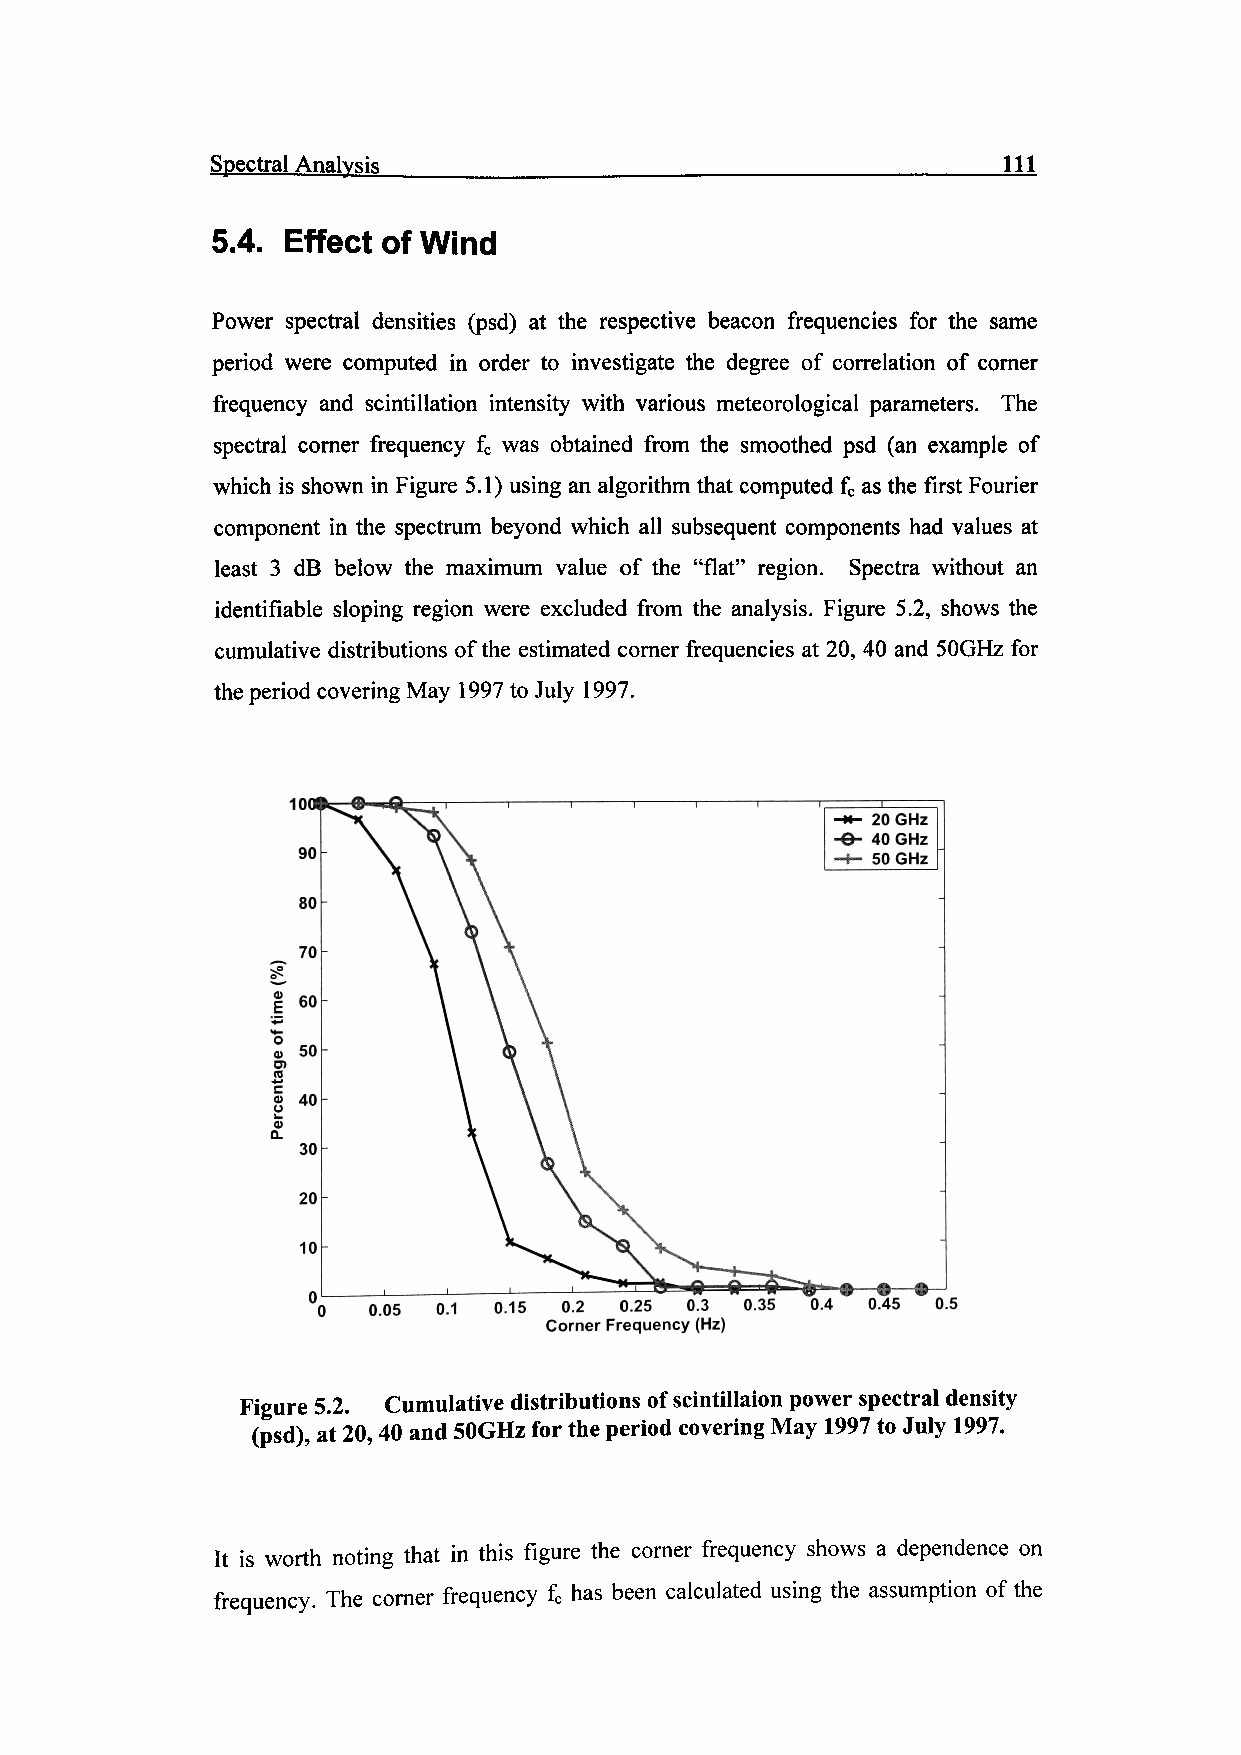
Spectral Analysis                                   111
 5.4. Effect of Wind
 Power spectral densities (psd) at the respective beacon frequencies for the same
 period were computed in order to investigate the degree of correlation of corner
 frequency and scintillation intensity with various meteorological parameters. The
 spectral corner frequency fc was obtained from the smoothed psd (an example of
 which is shown in Figure 5.1) using an algorithm that computed fc as the first Fourier
 component in the spectrum beyond which all subsequent components had values at
 least 3 dB below the maximum value of the "flat" region. Spectra without an
 identifiable sloping region were excluded from the analysis. Figure 5.2, shows the
 cumulative distributions of the estimated corner frequencies at 20, 40 and 50GHz for
 the period covering May 1997 to July 1997.
 10
 0.05 0.1 0.15 0.2 0.25 0.3 0.35 0.4 0.45 0.5
 Corner Frequency (Hz)
 Figure 5.2. Cumulative distributions of scintillaion power spectral density
 (psd), at 20,40 and SOGHz for the period covering May 1997 to July 1997.
 It is worth noting that in this figure the corner frequency shows a dependence on
 frequency. The corner frequency fc has been calculated using the assumption of the